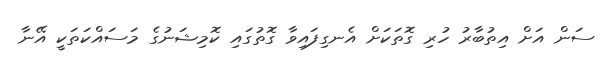
ސަން އަށް އިތުބާރު ހުރި ގޮތަކަށް އެނގިފައިވާ ގޮތުގައި ކޮމިޝަނުގެ މަސައްކަތަކީ އޭނާ